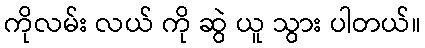
ကိုလမ်း လယ် ကို ဆွဲ ယူ သွား ပါတယ်။